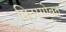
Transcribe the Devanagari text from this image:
मिठासोबत